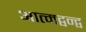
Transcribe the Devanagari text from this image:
आत्मद्वन्द्व